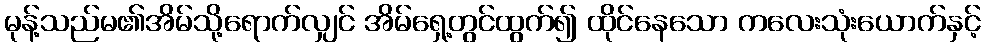
မုန့်သည်မ၏အိမ်သို့ရောက်လျှင် အိမ်ရှေ့တွင်ထွက်၍ ထိုင်နေသော ကလေးသုံးယောက်နှင့်